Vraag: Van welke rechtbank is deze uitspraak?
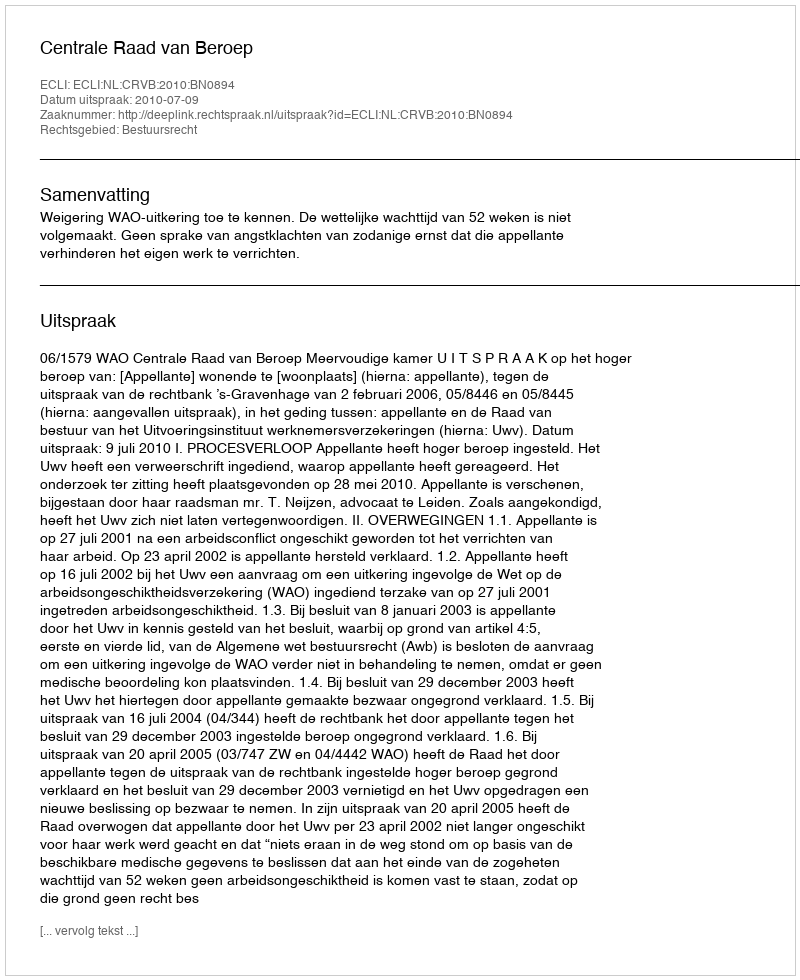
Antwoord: Centrale Raad van Beroep